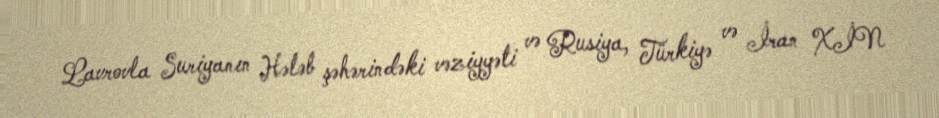
Lavrovla Suriyanın Hələb şəhərindəki vəziyyəti və Rusiya, Türkiyə və İran XİN